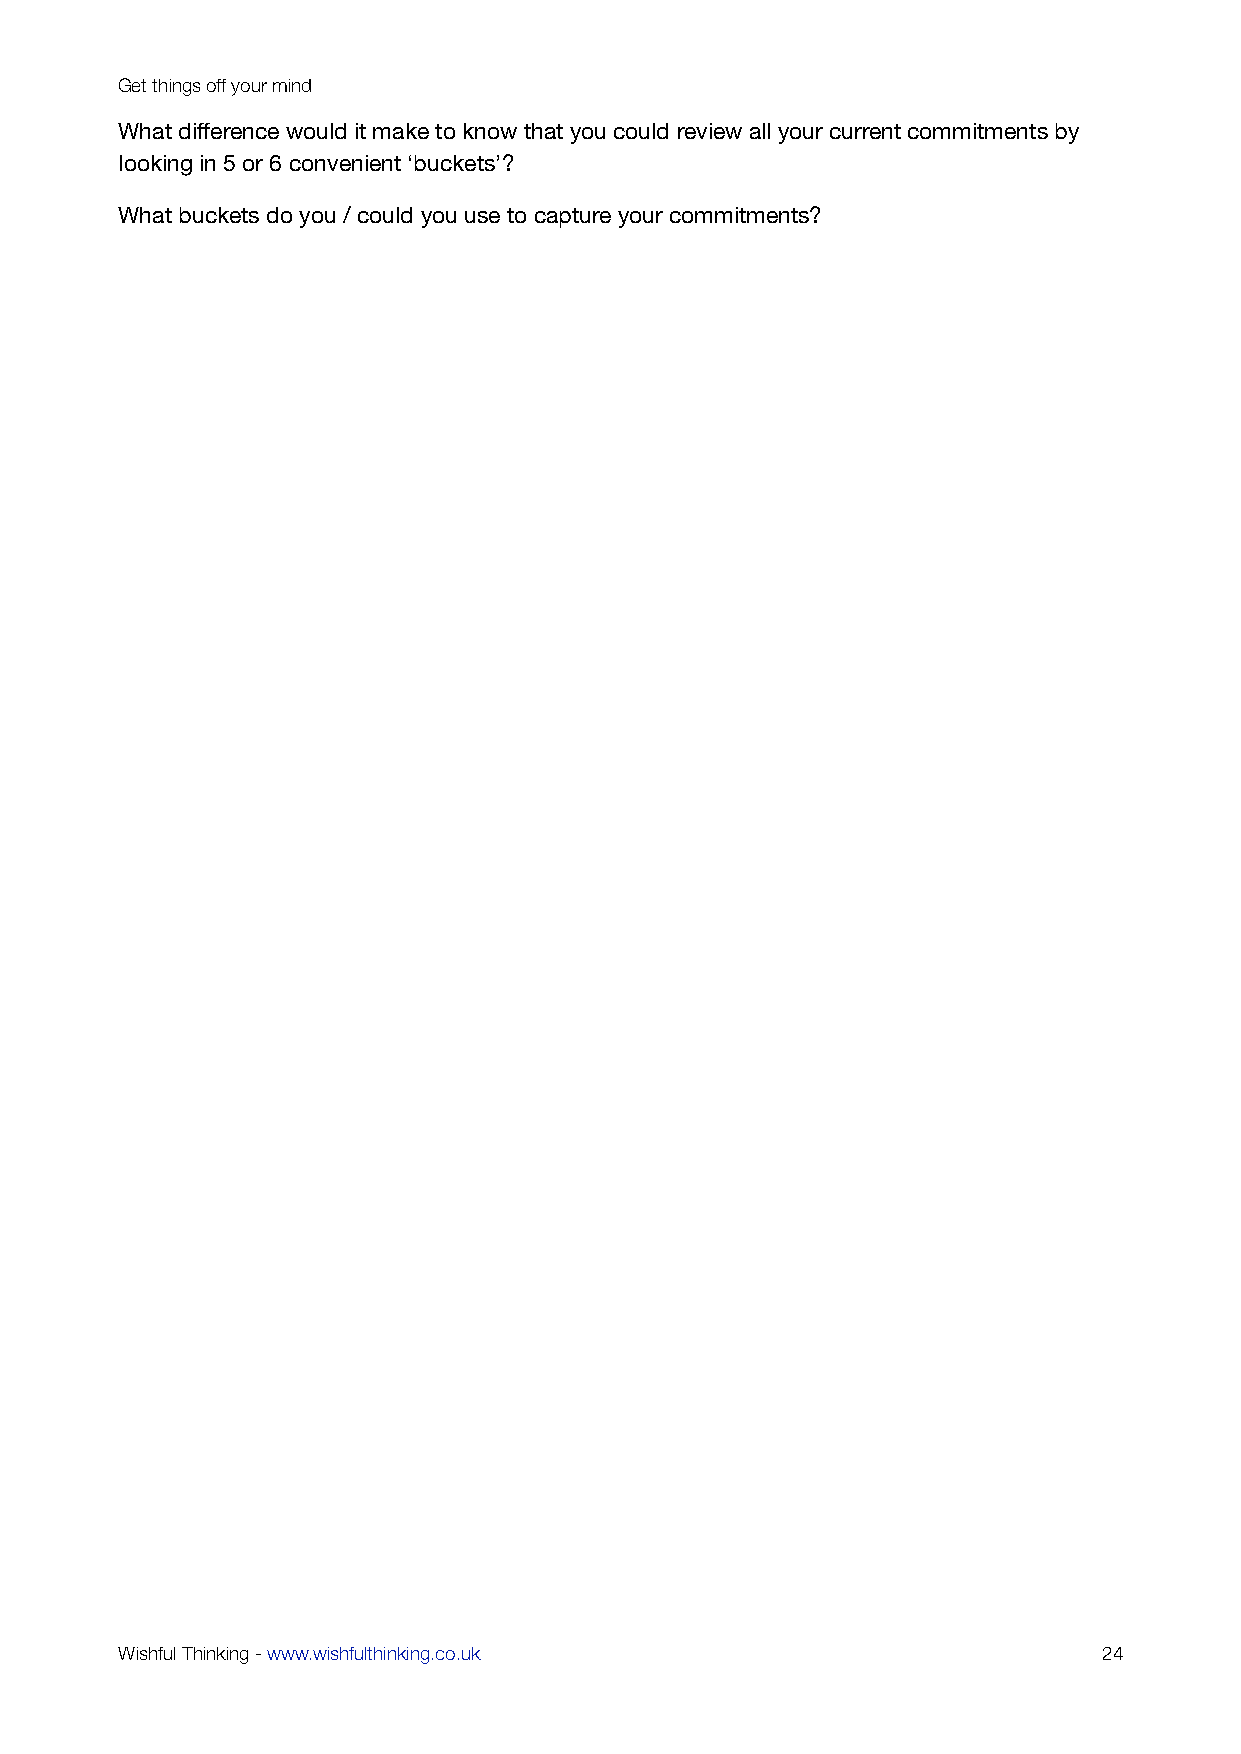
Get things off your mind
 What difference would it make to know that you could review all your current commitments by
 looking in 5 or 6 convenient ‘buckets’?
 What buckets do you / could you use to capture your commitments?
 Wishful Thinking - www.wishfulthinking.co.uk                     24